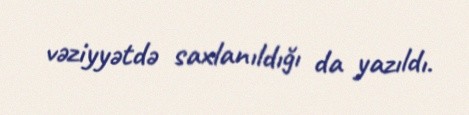
vəziyyətdə saxlanıldığı da yazıldı.